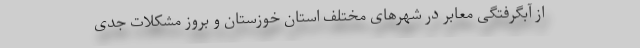
از آبگرفتگی معابر در شهرهای مختلف استان خوزستان و بروز مشکلات جدی